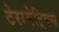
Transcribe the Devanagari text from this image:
टेरामेट्रिक्स